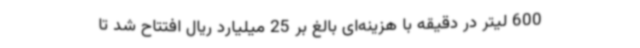
600 لیتر در دقیقه با هزینه‌ای بالغ بر 25 میلیارد ریال افتتاح شد تا